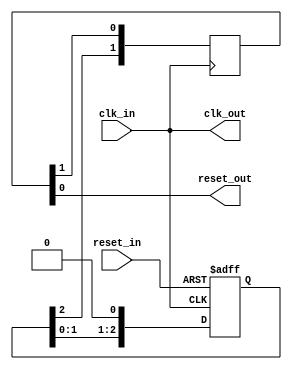
module intel_vip_reset_sync_block

   (  clk_in,
      reset_in,
      clk_out,
      reset_out
   );

   parameter   ASYNC_RESET             =  1;
   parameter   SYNC_DEPTH              =  3;               // needs to be at least two but on new FPGAs should be at least 3
   parameter   ADDITIONAL_DEPTH        =  2;         // needs to be at least two stages, increase this if recovery errors occur even with DISABLE_GLOBAL_NETWORK is set to 1
   parameter   DISABLE_GLOBAL_NETWORK  =  1;   // set to 1 to prevent synchronized reset from getting promoted to global network, enable this if recovery errors occur from FFs hooked up to reset_out

   input    wire  clk_in;
   input    wire  reset_in;
   output   wire  clk_out;
   output   wire  reset_out;

   (* preserve *) reg   [SYNC_DEPTH-1 : 0]   synchronizer_reg;

   generate

      if (ASYNC_RESET > 0) begin

         always @ (posedge clk_in or posedge reset_in) begin
            if (reset_in) begin
               synchronizer_reg <= {SYNC_DEPTH{1'b1}};
            end else begin
               synchronizer_reg[0] <= 1'b0;
               synchronizer_reg[SYNC_DEPTH-1:1] <= synchronizer_reg[SYNC_DEPTH-2:0];  // right shift by 1
            end
         end

      end else begin

         always @ (posedge clk_in) begin
            synchronizer_reg[0] <= reset_in;
            synchronizer_reg[SYNC_DEPTH-1:1] <= synchronizer_reg[SYNC_DEPTH-2:0];  // right shift by 1
         end

      end

      if (DISABLE_GLOBAL_NETWORK == 0) begin

         reg [ADDITIONAL_DEPTH-1:0] output_pipeline_reg;

         always @ (posedge clk_in) begin
            output_pipeline_reg[ADDITIONAL_DEPTH-1] <= synchronizer_reg[SYNC_DEPTH-1];   // feeding the synchronizer output into this pipeline's MSB
            output_pipeline_reg[ADDITIONAL_DEPTH-2:0] <= output_pipeline_reg[ADDITIONAL_DEPTH-1:1];  // right shift by 1
         end

         assign reset_out = output_pipeline_reg[0];

      end else begin

         (* altera_attribute = "-name GLOBAL_SIGNAL OFF" *) reg [ADDITIONAL_DEPTH-1:0] output_pipeline_reg;

         always @ (posedge clk_in) begin
            output_pipeline_reg[ADDITIONAL_DEPTH-1] <= synchronizer_reg[SYNC_DEPTH-1];   // feeding the synchronizer output into this pipeline's MSB
            output_pipeline_reg[ADDITIONAL_DEPTH-2:0] <= output_pipeline_reg[ADDITIONAL_DEPTH-1:1];  // right shift by 1
         end

         assign reset_out = output_pipeline_reg[0];

      end

   endgenerate

   assign clk_out = clk_in;   // this signal is included to make it easier to export a clock and reset to the level above it


endmodule